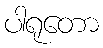
ပါရုတော